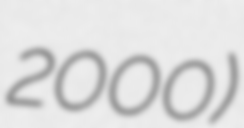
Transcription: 2000)